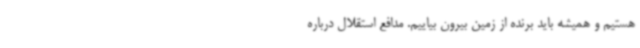
هستیم و همیشه باید برنده از زمین بیرون بیاییم. مدافع استقلال درباره